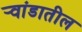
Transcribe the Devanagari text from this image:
र्‍वांडातील